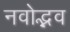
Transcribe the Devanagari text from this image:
नवोद्भव